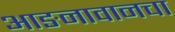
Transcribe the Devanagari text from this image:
आङनावानचा